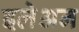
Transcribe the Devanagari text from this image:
इलेअन